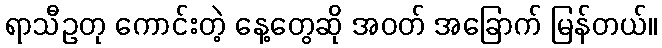
ရာသီဥတု ကောင်းတဲ့ နေ့တွေဆို အဝတ် အခြောက် မြန်တယ်။